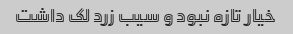
خیار تازه نبود و سیب زرد لک داشت